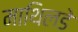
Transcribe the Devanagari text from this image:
माथिलडे